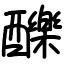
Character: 䤕